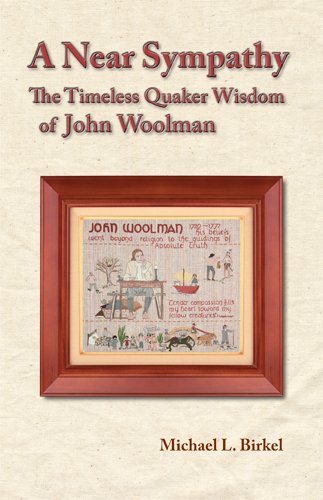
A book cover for A Near Sympathy: The Timeless Quaker Wisdom of John Woolman; Michael L Birkel; Christian Books & Bibles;